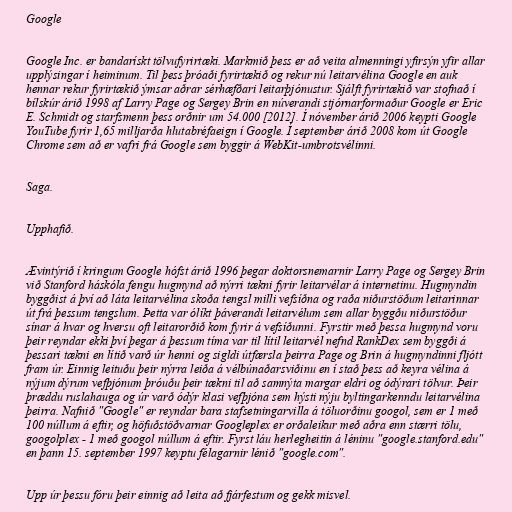
Google

Google Inc. er bandarískt tölvufyrirtæki. Markmið þess er að veita almenningi yfirsýn yfir allar
upplýsingar í heiminum. Til þess þróaði fyrirtækið og rekur nú leitarvélina Google en auk
hennar rekur fyrirtækið ýmsar aðrar sérhæfðari leitarþjónustur. Sjálft fyrirtækið var stofnað í
bílskúr árið 1998 af Larry Page og Sergey Brin en núverandi stjórnarformaður Google er Eric
E. Schmidt og starfsmenn þess orðnir um 54.000 [2012]. Í nóvember árið 2006 keypti Google
YouTube fyrir 1,65 milljarða hlutabréfaeign í Google. Í september árið 2008 kom út Google
Chrome sem að er vafri frá Google sem byggir á WebKit-umbrotsvélinni.

Saga.

Upphafið.

Ævintýrið í kringum Google hófst árið 1996 þegar doktorsnemarnir Larry Page og Sergey Brin
við Stanford háskóla fengu hugmynd að nýrri tækni fyrir leitarvélar á internetinu. Hugmyndin
byggðist á því að láta leitarvélina skoða tengsl milli vefsíðna og raða niðurstöðum leitarinnar
út frá þessum tengslum. Þetta var ólíkt þáverandi leitarvélum sem allar byggðu niðurstöður
sínar á hvar og hversu oft leitarorðið kom fyrir á vefsíðunni. Fyrstir með þessa hugmynd voru
þeir reyndar ekki því þegar á þessum tíma var til lítil leitarvél nefnd RankDex sem byggði á
þessari tækni en lítið varð úr henni og sigldi útfærsla þeirra Page og Brin á hugmyndinni fljótt
fram úr. Einnig leituðu þeir nýrra leiða á vélbúnaðarsviðinu en í stað þess að keyra vélina á
nýjum dýrum vefþjónum þróuðu þeir tækni til að samnýta margar eldri og ódýrari tölvur. Þeir
þræddu ruslahauga og úr varð ódýr klasi vefþjóna sem hýsti nýju byltingarkenndu leitarvélina
þeirra. Nafnið "Google" er reyndar bara stafsetningarvilla á töluorðinu googol, sem er 1 með
100 núllum á eftir, og höfuðstöðvarnar Googleplex er orðaleikur með aðra enn stærri tölu,
googolplex - 1 með googol núllum á eftir. Fyrst láu herlegheitin á léninu "google.stanford.edu"
en þann 15. september 1997 keyptu félagarnir lénið "google.com".

Upp úr þessu fóru þeir einnig að leita að fjárfestum og gekk misvel.